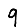
Digit: 9